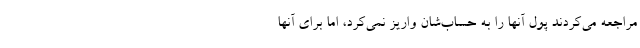
مراجعه می‌کردند پول آنها را به حساب‌شان واریز نمی‌کرد، اما برای آنها